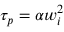
\tau _ { p } = \alpha w _ { i } ^ { 2 }